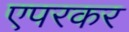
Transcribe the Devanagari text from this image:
एपरकर